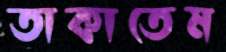
তাকাতেম